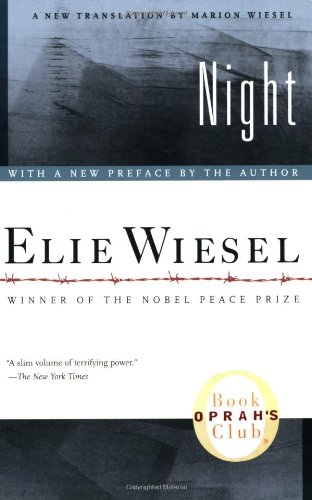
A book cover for Night (Night); Elie Wiesel; Biographies & Memoirs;